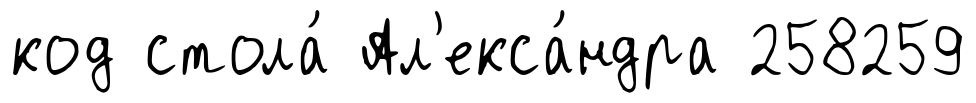
код стола́ Ал'екса́ндра 258259